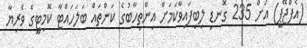
(އެފްޖޭޕީ) އަށް 235 ގޮނޑި ލިބިފައިވާކަމަށް އިންތިހާބުގެ ކަންތައް ބަލަހައްޓާ ކޮމިޓީގެ ވެރިޔާ